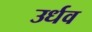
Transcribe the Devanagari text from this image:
उर्धव